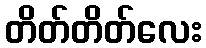
တိတ်တိတ်လေး